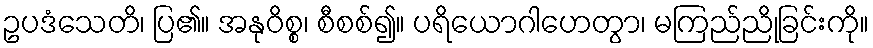
ဥပဒံသေတိ၊ ပြ၏။ အနုဝိစ္စ၊ စီစစ်၍။ ပရိယောဂါဟေတွာ၊ မကြည်ညိုခြင်းကို။